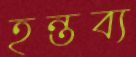
হন্তব্য